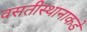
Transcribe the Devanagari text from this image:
वसतीस्थानाकडे